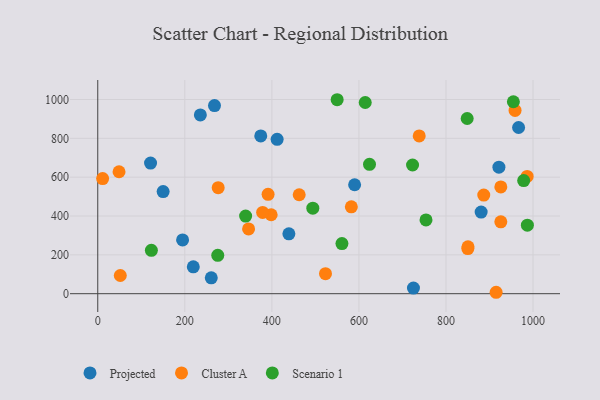
{"axis": {"x": "Speed", "y": "Salary"}, "legend": ["Cluster A", "Projected", "Scenario 1"], "data": [{"x": "966.8", "y": 855.7, "type": "Projected"}, {"x": "590.1", "y": 561.1, "type": "Projected"}, {"x": "374.5", "y": 812.5, "type": "Projected"}, {"x": "725.3", "y": 28.7, "type": "Projected"}, {"x": "880.8", "y": 420.4, "type": "Projected"}, {"x": "439.1", "y": 308.4, "type": "Projected"}, {"x": "260.8", "y": 81.8, "type": "Projected"}, {"x": "121.3", "y": 672.6, "type": "Projected"}, {"x": "921.6", "y": 651.7, "type": "Projected"}, {"x": "235.7", "y": 920.4, "type": "Projected"}, {"x": "412.1", "y": 794.8, "type": "Projected"}, {"x": "268.2", "y": 968.9, "type": "Projected"}, {"x": "150.2", "y": 526.0, "type": "Projected"}, {"x": "194.9", "y": 276.9, "type": "Projected"}, {"x": "219.5", "y": 138.2, "type": "Projected"}, {"x": "926.0", "y": 370.1, "type": "Cluster A"}, {"x": "398.4", "y": 406.5, "type": "Cluster A"}, {"x": "346.5", "y": 333.5, "type": "Cluster A"}, {"x": "886.8", "y": 507.9, "type": "Cluster A"}, {"x": "850.2", "y": 232.2, "type": "Cluster A"}, {"x": "986.5", "y": 603.7, "type": "Cluster A"}, {"x": "738.5", "y": 812.3, "type": "Cluster A"}, {"x": "926.0", "y": 549.7, "type": "Cluster A"}, {"x": "48.9", "y": 628.0, "type": "Cluster A"}, {"x": "378.8", "y": 418.3, "type": "Cluster A"}, {"x": "582.6", "y": 447.3, "type": "Cluster A"}, {"x": "523.2", "y": 103.1, "type": "Cluster A"}, {"x": "850.6", "y": 241.1, "type": "Cluster A"}, {"x": "11.2", "y": 593.0, "type": "Cluster A"}, {"x": "276.7", "y": 546.0, "type": "Cluster A"}, {"x": "915.2", "y": 7.3, "type": "Cluster A"}, {"x": "51.8", "y": 93.7, "type": "Cluster A"}, {"x": "391.3", "y": 511.5, "type": "Cluster A"}, {"x": "958.7", "y": 943.6, "type": "Cluster A"}, {"x": "462.8", "y": 509.6, "type": "Cluster A"}, {"x": "550.0", "y": 998.8, "type": "Scenario 1"}, {"x": "494.1", "y": 440.6, "type": "Scenario 1"}, {"x": "987.0", "y": 352.8, "type": "Scenario 1"}, {"x": "624.3", "y": 666.2, "type": "Scenario 1"}, {"x": "848.7", "y": 902.0, "type": "Scenario 1"}, {"x": "275.7", "y": 197.5, "type": "Scenario 1"}, {"x": "614.5", "y": 984.6, "type": "Scenario 1"}, {"x": "123.2", "y": 223.3, "type": "Scenario 1"}, {"x": "954.8", "y": 988.5, "type": "Scenario 1"}, {"x": "754.1", "y": 379.9, "type": "Scenario 1"}, {"x": "723.2", "y": 662.6, "type": "Scenario 1"}, {"x": "978.5", "y": 582.3, "type": "Scenario 1"}, {"x": "339.7", "y": 399.9, "type": "Scenario 1"}, {"x": "561.0", "y": 258.0, "type": "Scenario 1"}]}